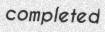
completed